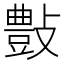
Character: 𣀂